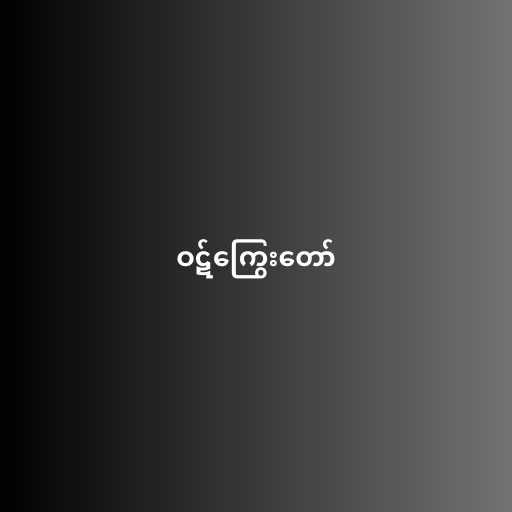
ဝဋ်ကြွေးတော်